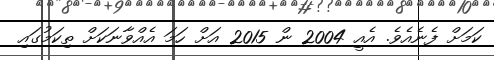
ކަމަށް ފެނެއެވެ. އެއީ 2004 ން 2015 އަށް ހަމަ އެއްވާނަކަށް ތިކަމުގައި